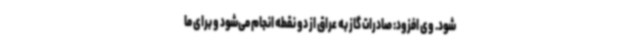
شود. وی افزود: صادرات گاز به عراق از دو نقطه انجام می‌شود و برای ما